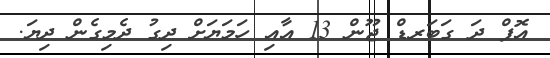
އޮފް ދަ ގަބަރޑް ޖޫން 13 އާއި ހަމަޔަށް ދިގު ދެމިގެން ދިޔަ.